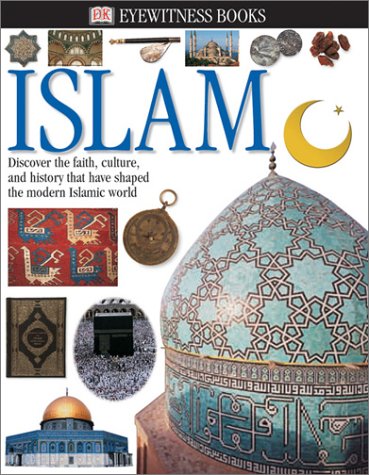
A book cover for Islam (Eyewitness Books); Caroline Stone; Children's Books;